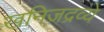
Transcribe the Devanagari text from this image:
खनिजद्रव्ये